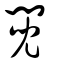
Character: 鬩